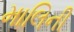
માલિની